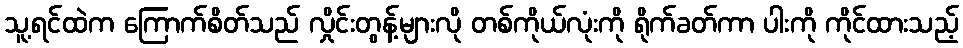
သူ့ရင်ထဲက ကြောက်စိတ်သည် လှိုင်းတွန့်များလို တစ်ကိုယ်လုံးကို ရိုက်ခတ်ကာ ပါးကို ကိုင်ထားသည့်